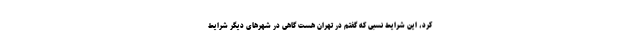
کرد، این شرایط نسبی که گفتم در تهران هست گاهی در شهرهای دیگر شرایط